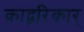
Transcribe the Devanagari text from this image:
काद्ब्ररिकार्